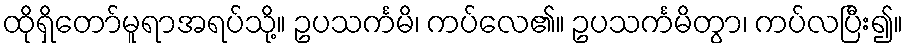
ထိုရှိတော်မူရာအရပ်သို့။ ဥပသင်္ကမိ၊ ကပ်လေ၏။ ဥပသင်္ကမိတွာ၊ ကပ်လပြီး၍။